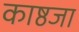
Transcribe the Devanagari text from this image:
काष्ठजा